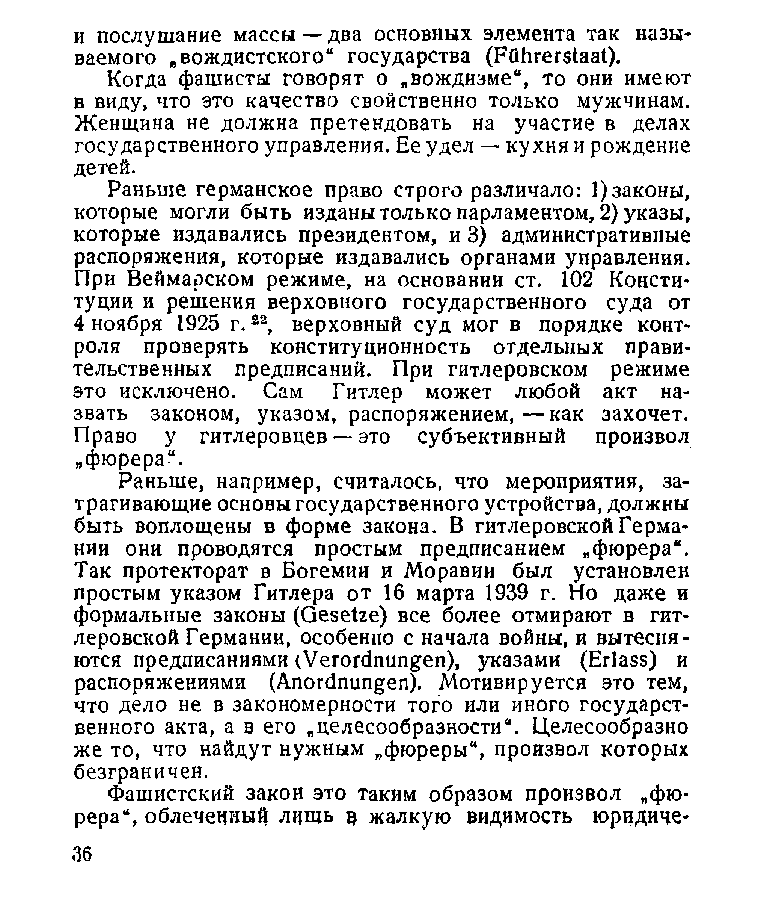
и послушание массы — два основных элемента так назы­
 ваемого „вождистского“ государства (Fahrerstaat).
 Когда фашисты говорят о „вождизме“, то они имеют
 в виду, что это качество свойственно только мужчинам.
 Женщина не должна претендовать на участие в делах
 государственного управления. Ее удел — кухня и рождение
 детей.
 Раньше германское право строго различало: 1)законы,
 которые могли быть изданы только парламентом, 2) указы,
 которые издавались президентом, и 3) административные
 распоряжения, которые издавались органами управления.
 При Веймарском режиме, на основании ст. 102 Консти­
 туции и решения верховного государственного суда от
 4 ноября 1925 г.22, верховный суд мог в порядке конт­
 роля проверять конституционность отдельных прави­
 тельственных предписаний. При гитлеровском режиме
 это исключено. Сам Гитлер может любой акт на­
 звать законом, указом, распоряжением,—как захочет.
 Право у гитлеровцев — это субъективный произвол
 „фюрера“.
 Раньше, например, считалось, что мероприятия, за­
 трагивающие основы государственного устройства, должны
 быть воплощены в форме закона. В гитлеровской Герма­
 нии они проводятся простым предписанием „фюрера“.
 Так протекторат в Богемии и Моравии был установлен
 простым указом Гитлера от 16 марта 1939 г. Но даже и
 формальные законы (Gesetze) все более отмирают в гит­
 леровской Германии, особенно с начала войны, и вытесня­
 ются предписаниями (Verordnungen), указами (Erlass) и
 распоряжениями (Anordnungen). Мотивируется это тем,
 что дело не в закономерности того или иного государст­
 венного акта, а в его „целесообразности“. Целесообразно
 же то, что найдут нужным „фюреры“, произвол которых
 безграничен.
 Фашистский закон это таким образом произвол „фю­
 рера“, облеченный лишь ц жалкую видимость юридиче-
 36